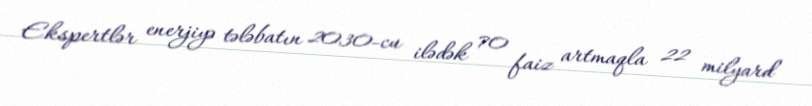
Ekspertlər enerjiyə tələbatın 2030-cu ilədək 70 faiz artmaqla 22 milyard